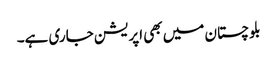
بلوچستان میں بھی اپریشن جاری ہے۔